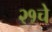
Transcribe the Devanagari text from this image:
२१चे